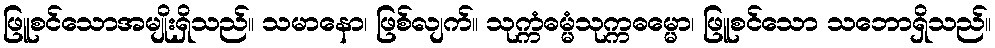
ဖြူစင်သောအမျိုးရှိသည်။ သမာနော၊ ဖြစ်လျက်။ သုက္ကံဓမ္မံသုက္ကဓမ္မော၊ ဖြူစင်သော သဘောရှိသည်။